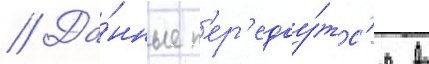
// Да́нные п'ер'едау́тс'я в